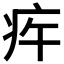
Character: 𤵍